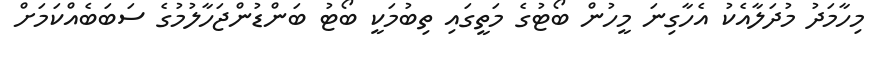
މިހާމަދު މުދަލާއެކު އެހާގިނަ މީހުން ބޯޓުގެ މަތީގައި ތިބުމަކީ ބޯޓު ބަންޑުންޖަހާލުމުގެ ސަބަބެއްކަމަށް